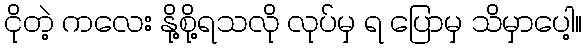
ငိုတဲ့ ကလေး နို့စို့ရသလို လုပ်မှ ရ ပြောမှ သိမှာပေါ့။